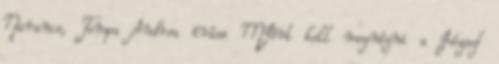
Narancs, Tompa Andrea írása MIért kell megnézni a József